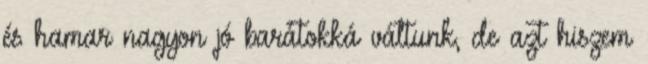
és hamar nagyon jó barátokká váltunk, de azt hiszem